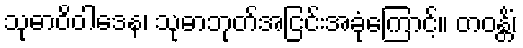
သုဓာဝိဝါဒေန၊ သုဓာဘုတ်အငြင်းအခုံကြောင့်။ တဝန္တိံ၊